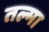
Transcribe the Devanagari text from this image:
तल्मा